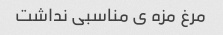
مرغ مزه ى مناسبى نداشت